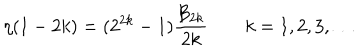
\eta ( 1 - 2 k ) = ( 2 ^ { 2 k } - 1 ) { \frac { { \cal B } _ { 2 k } } { 2 k } } \qquad k = 1 , 2 , 3 , \ldots